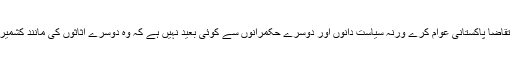
اس مسلہ کے حل کا تقاضا پاکستانی عوام کرے ورنہ سیاست دانوں اور دوسرے حکمرانوں سے کوئی بعید نہیں ہے کہ وہ دوسرے اثاثوں کی مانند کشمیر کا بھی سودا کریں ۔